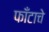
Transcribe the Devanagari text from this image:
फाँटाचे